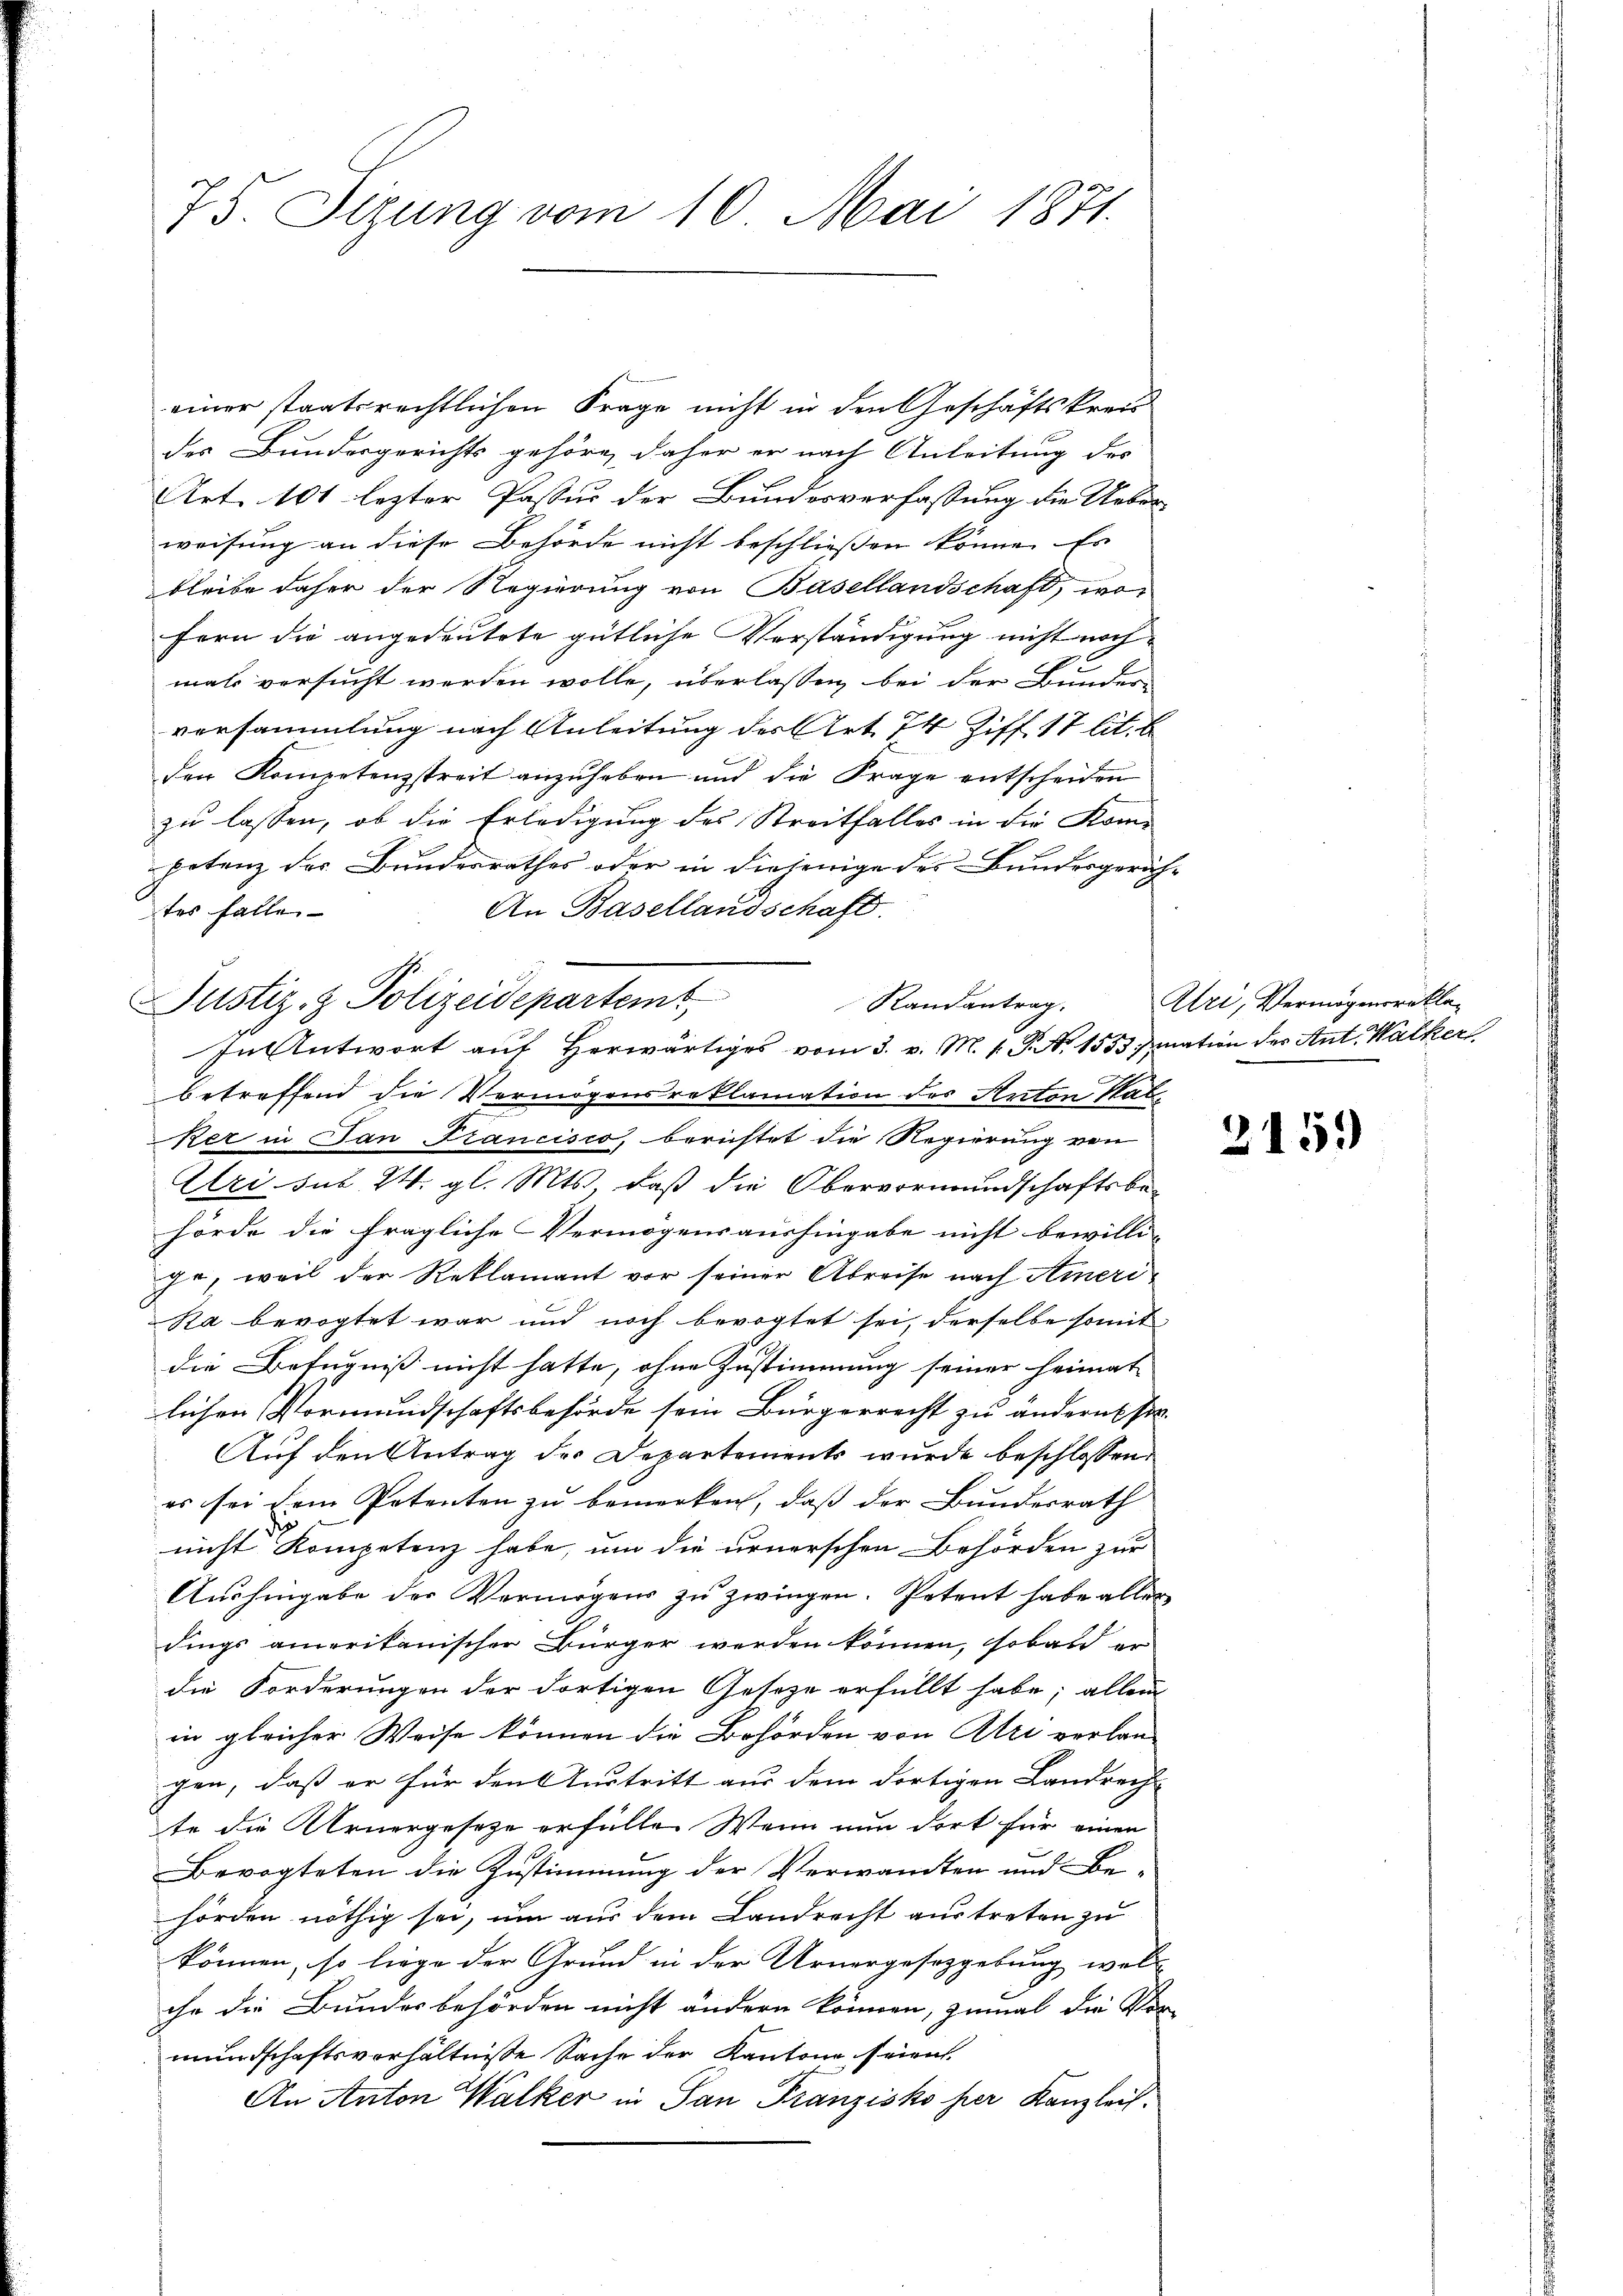
75. Sizung vom 10. Mai 1871.

einer staatsrechtlichen Frage nicht in den Geschäftskreis
des Bundesgerichts gehöre, daher er nach Anleitung des
Art. 101 lezter Passur der Bundesverfassung die Ueber-
weisung an diese Behörde nicht beschließen könne. Es
bleibe daher der Regierung von Basellandschaft, wofern die angedeutete gütliche Verständigung nicht noch
mals versucht werden wolle, überlassen bei der Bundes-
versammlung nach Anleitung des Art. 74 Ziff. 17 lit. b
der Kompetenzstreit anzuheben und die Frage entscheiden
zu lassen, ob die Erledigung des Streitfalles in die Kompotenz der Bundesrathes oder in diejenige des Bundesgerich-
An Basellandschaft.
tes falle
Justiz- & Polizeidepartemt
Randantrag.
In Antwort auf Herwärtiges vom 3. v. M. P. Nr. 1553 nation der Ant. Walker
betreffend die Vermögensreklamation des Anton Stab
Ker in Tan Francisco, berichtet die Regierung von
Uri sub. 24. gl. Mts., daß die Obervormundschaftsbehörde die fragliche Vermögensaushingabe nicht bewilli-
je, weil der Reklamant vor seiner Abreise nach Ameri¬
Ra bevogtet war und noch bevogtet sei, derselbe somit
die Befugniß nicht hatte, ohne Zustimmung seiner Heimat
lichen Vormundschaftsbehörde sein Bürgerrecht zu andern si
Auf den Antrag des Departements wurde beschlossen
es sei dem Petenten zu bemerken, dass der Bundesrath
nicht Kompetenz habe, um die urnerschen Behörden zur
Aushingabe der Vermögens zu zwingen. Petent habe aller
dings amerikanischer Bürger werden können, sobald er
die Forderungen der dortigen Geseze erfüllt habe; allein
in gleicher Weise können die Behörden von Atri verlan-
gen, daß er für den Austritt aus dem dortigen Landrech-
te die Urnergesetze erfülle. Wenn nun dort für einen
Bevogteten die Zustimmung der Verwandten und Behörden nöthig sei, um aus dem Landrecht austreten zu
können, so liege der Grund in der Urnergesetzgebung wel
che die Bundesbehörden nicht ändern können, zumal die Vor
mundschaftsverhältnisse Sache der Kantone seien.
An Anton Walker in San Franzisko her Kanzleis

Uri, Vermögensrekla¬

215.